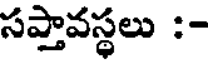
సప్తావస్థలు :-